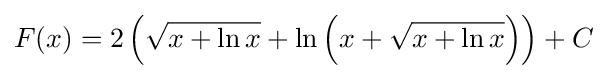
F(x)=2\left({\sqrt {x+\ln x}}+\ln \left(x+{\sqrt {x+\ln x}}\right)\right)+C